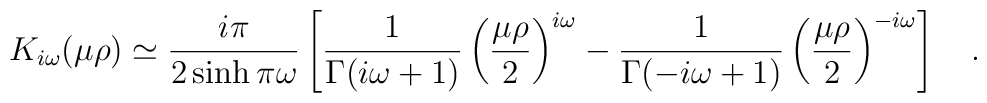
K_{i\omega}(\mu\rho)\simeq {i\pi \over 2\sinh \pi \omega}\left[{1 \over \Gamma(i\omega+1)}\left({\mu\rho \over 2}\right)^{i\omega}-{1 \over \Gamma(-i\omega+1)}\left({\mu\rho \over 2}\right)^{-i\omega}\right]~~~.